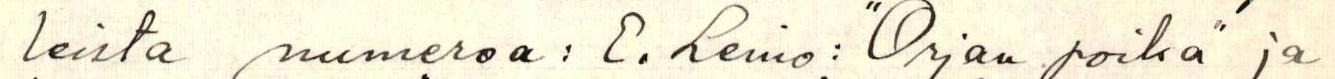
leista numeroa: E. Leino: "Orjan poika" ja